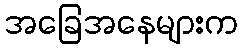
အခြေအနေများက